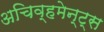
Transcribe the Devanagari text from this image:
अचिव्हमेन्ट्स